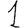
Digit: 1